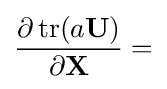
{\frac {\partial \operatorname {tr} (a\mathbf {U} )}{\partial \mathbf {X} }}=